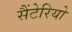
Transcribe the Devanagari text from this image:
सैंटेरियो